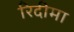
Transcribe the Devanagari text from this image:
रिदीमा